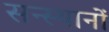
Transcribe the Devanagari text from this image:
सन्स्थानों